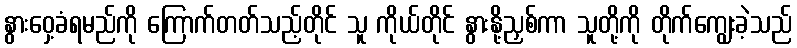
နွားဝှေ့ခံရမည်ကို ကြောက်တတ်သည့်တိုင် သူ ကိုယ်တိုင် နွားနို့ညှစ်ကာ သူတို့ကို တိုက်ကျွေးခဲ့သည်